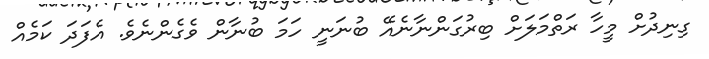
ގިނިދުށް މީހާ ރަތްމަލަށް ބިރުގަންނާނެއޭ ބުނަނީ ހަމަ ބުނާން ވެގެންނެވެ. އެފަދަ ކަމެއް